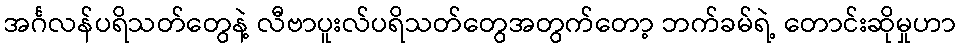
အင်္ဂလန်ပရိသတ်တွေနဲ့ လီဗာပူးလ်ပရိသတ်တွေအတွက်တော့ ဘက်ခမ်ရဲ့ တောင်းဆိုမှုဟာ